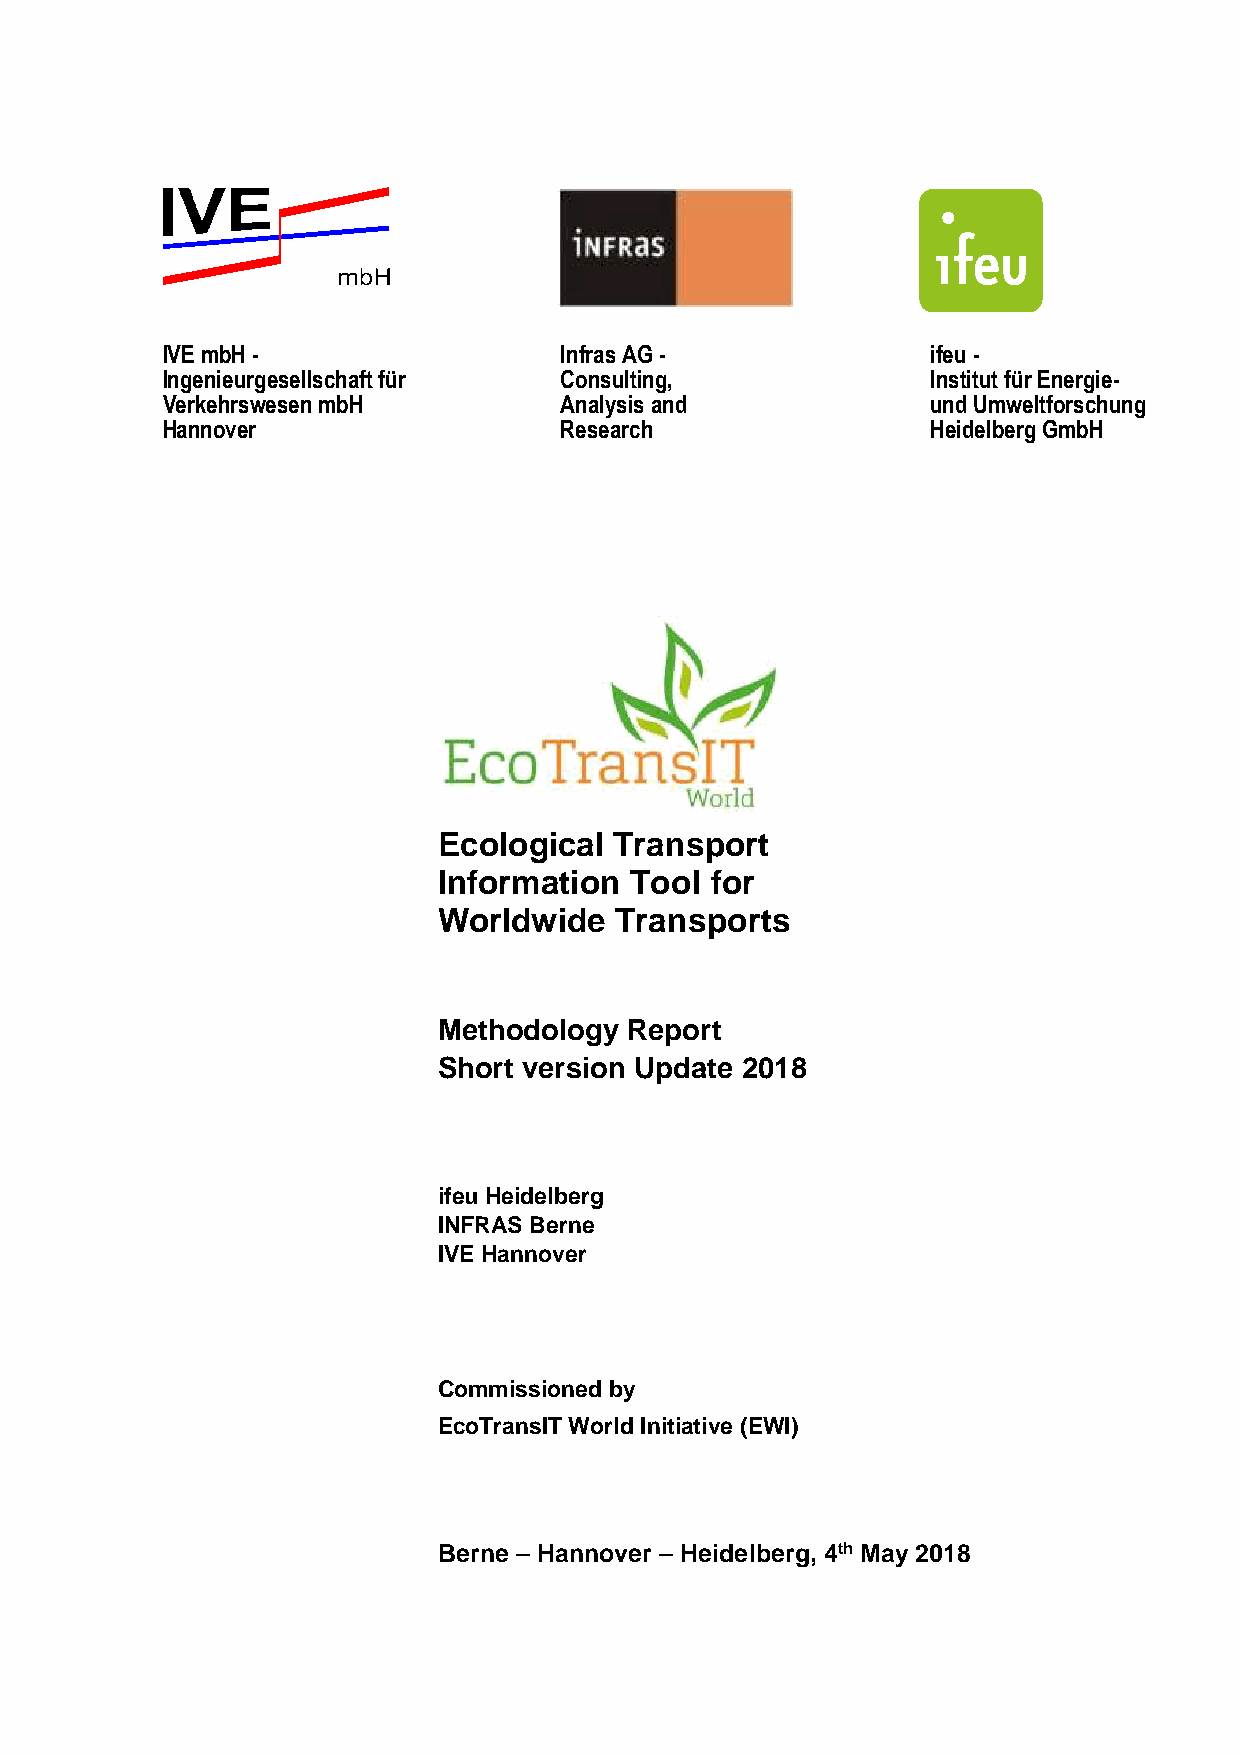
IVE mbH -                 Infras AG -              ifeu -
 Ingenieurgesellschaft für Consulting,              Institut für Energie-
 Verkehrswesen mbH         Analysis and             und Umweltforschung
 Hannover                  Research                 Heidelberg GmbH
 Ecological  Transport
 Information  Tool for
 Worldwide   Transports
 Methodology  Report
 Short version Update 2018
 ifeu Heidelberg
 INFRAS Berne
 IVE Hannover
 Commissioned by
 EcoTransIT World Initiative (EWI)
 Berne – Hannover – Heidelberg, 4th May 2018